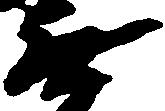
無